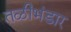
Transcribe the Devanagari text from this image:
तळीभंडार